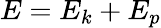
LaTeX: E=E_{k}+E_{p}